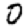
Digit: 0